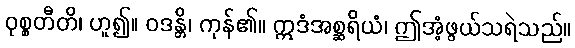
ဝုစ္စတီတိ၊ ဟူ၍။ ဝဒန္တိ၊ ကုန်၏။ ဣဒံအစ္ဆရိယံ၊ ဤအံ့ဖွယ်သရဲသည်။